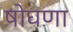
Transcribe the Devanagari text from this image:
षोघणा